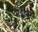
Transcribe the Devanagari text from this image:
भेंडीवर